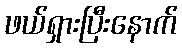
ဖယ်ရှားပြီးနောက်